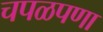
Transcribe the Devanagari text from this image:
चपळपणा